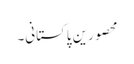
محصورین پاکستانی۔